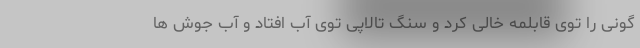
گونی را توی قابلمه خالی کرد و سنگ تالاپی توی آب افتاد و آب جوش ها